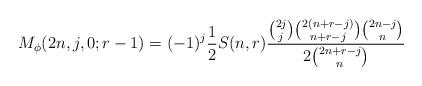
LaTeX: \begin{align*}M_{\phi}(2n,j,0;r-1)=(-1)^j\frac{1}{2}S(n, r)\frac{\binom{2j}{j}\binom{2(n+r-j)}{n+r-j}\binom{2n-j}{n}}{2\binom{2n+r-j}{n}}\end{align*}